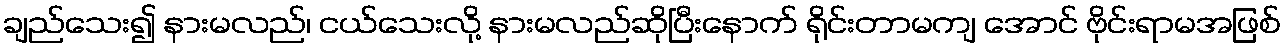
ချည်သေး၍ နားမလည်၊ ငယ်သေးလို့ နားမလည်ဆိုပြီးနောက် ရိုင်းတာမကျ အောင် ဗိုင်းရာမအဖြစ်